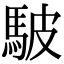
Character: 駊